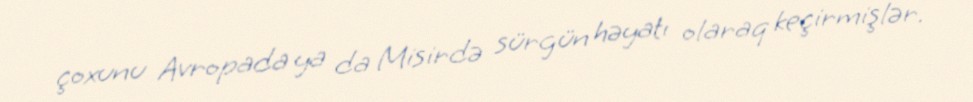
çoxunu Avropada ya da Misirdə sürgün həyatı olaraq keçirmişlər.